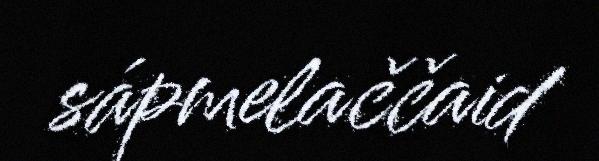
sápmelaččaid